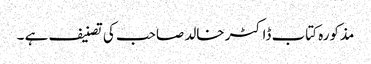
مذکورہ کتاب ڈاکٹر خالد صاحب کی تصنیف ہے ۔